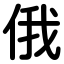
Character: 俄